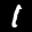
Label: 1